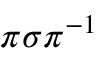
\pi \sigma \pi ^ { - 1 }